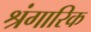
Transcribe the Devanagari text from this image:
श्रंगारिक